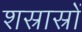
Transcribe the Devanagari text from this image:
शस्रास्रों